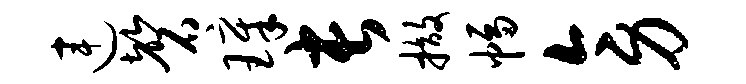
连磬璋长撤幅旁